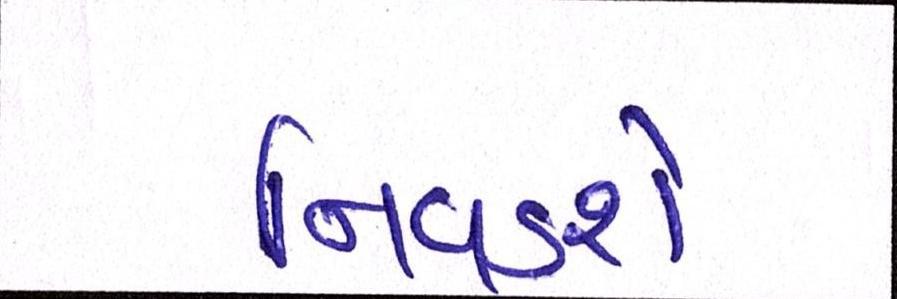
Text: નિવડશે